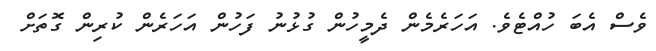
ވެސް އެބަ ހުއްޓެވެ. އަހަރެމެން ދެމީހުން ގުޅުނު ފަހުން އަހަރެން ކުރިން ގޮތަށް